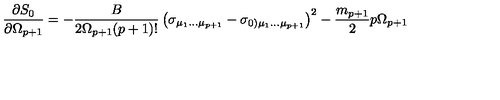
{ \frac { \partial S _ { 0 } } { \partial \Omega _ { p + 1 } } } = - { \frac { B } { 2 \Omega _ { p + 1 } ( p + 1 ) ! } } \left( \sigma _ { \mu _ { 1 } \dots \mu _ { p + 1 } } - \sigma _ { 0 ) \mu _ { 1 } \dots \mu _ { p + 1 } } \right) ^ { 2 } - \frac { m _ { p + 1 } } { 2 } p \Omega _ { p + 1 } \,